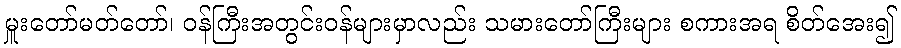
မှူးတော်မတ်တော်၊ ဝန်ကြီးအတွင်းဝန်များမှာလည်း သမားတော်ကြီးများ စကားအရ စိတ်အေး၍